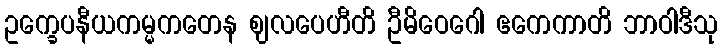
ဥက္ခေပနီယကမ္မကတေန ဈလပေဟီတိ ဦမိဝေဂေါ ဧကေကာတိ ဘာဝါဒီသု